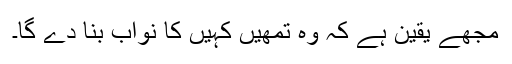
مجھے یقین ہے کہ وہ تمھیں کہیں کا نواب بنا دے گا۔